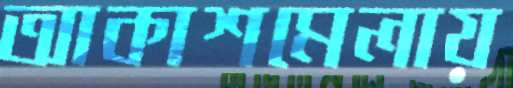
আকাশমেলায়